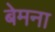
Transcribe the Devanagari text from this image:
बेमना